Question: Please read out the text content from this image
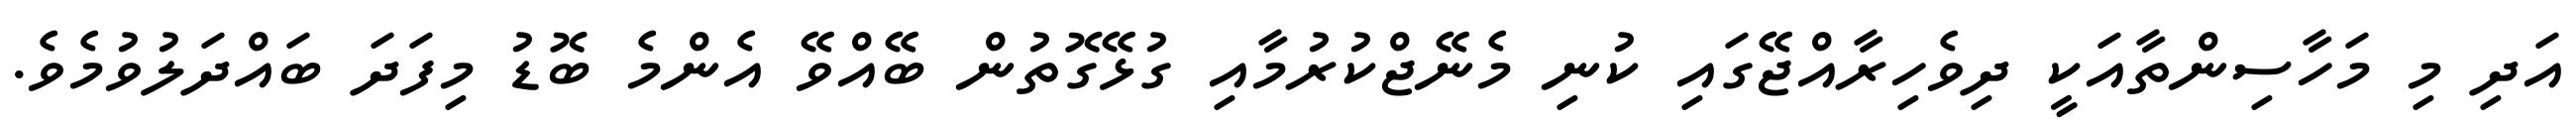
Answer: އަދި މި މަހާސިންތާއަކީ ދިވެހިރާއްޖޭގައި ކުނި މެނޭޖްކުރުމާއި ގުޅޭގޮތުން ބޭއްވޭ އެންމެ ބޮޑު މިފަދަ ބައްދަލުވުމެވެ.